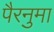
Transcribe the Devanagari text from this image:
पैरनुमा